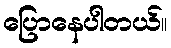
ပြောနေပါတယ်။